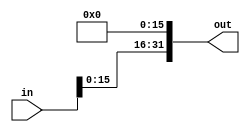
module sll16(out,in);
	input[31:0] in;
	output[31:0] out;
	
	genvar c;
	
	generate
		for (c = 16; c <= 31; c = c + 1) begin: loop1
			assign out[c] = in[c-16];
		end
	endgenerate
	
	genvar d;
	
	generate
		for (d = 0; d < 16; d = d + 1) begin: loop2
			assign out[d] = 1'b0;
		end
	endgenerate
	

endmodule